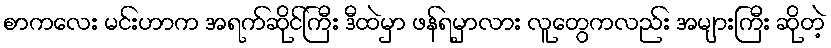
စာကလေး မင်းဟာက အရက်ဆိုင်ကြီး ဒီထဲမှာ ဖန်ရမှာလား လူတွေကလည်း အများကြီး ဆိုတဲ့